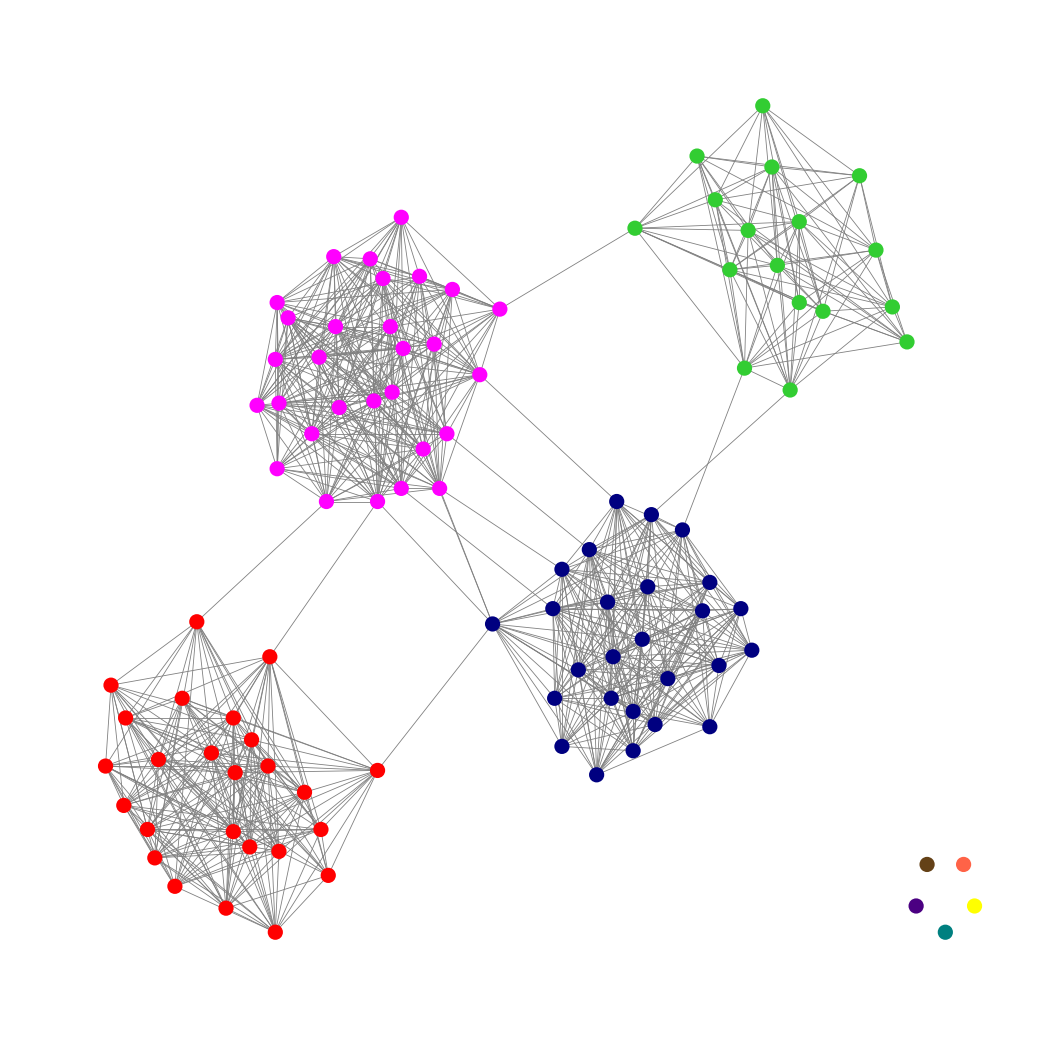
Graph connected: No
Number of connected components: 6
Number of singletons: 5
Total number of nodes: 102
Total number of edges: 839
Number of communities: 9
Community sizes:
Fuchsia: 29
Indigo: 1
Lime Green: 17
Navy: 26
Pullman Brown: 1
Red: 25
Teal: 1
Tomato: 1
Yellow: 1
Graph layout: tda
Graph generation method: erdos_renyi